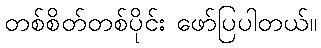
တစ်စိတ်တစ်ပိုင်း ဖော်ပြပါတယ်။